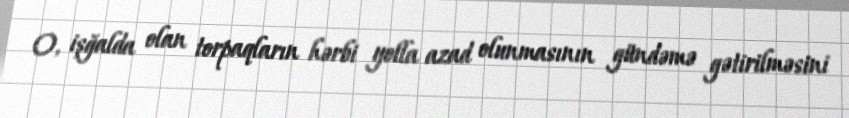
O, işğalda olan torpaqların hərbi yolla azad olunmasının gündəmə gətirilməsini